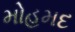
મોહમદ